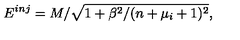
E ^ { i n j } = M / \sqrt { 1 + \beta ^ { 2 } / ( n + \mu _ { i } + 1 ) ^ { 2 } } ,